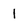
Character: 1